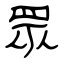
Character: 眾